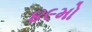
૪૯મો